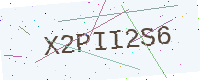
Text: X2PII2S6